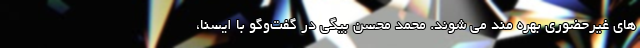
های غیرحضوری بهره مند می شوند. محمد محسن بیگی در گفت‌وگو با ایسنا،